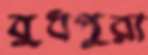
বুধপুরা